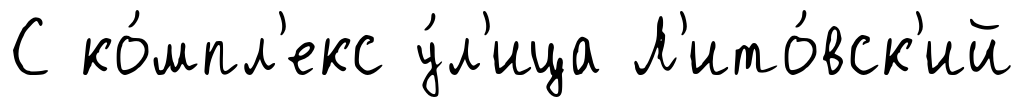
С ко́мпл'екс у́л'ица Л'ито́вск'ий